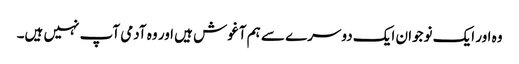
وہ اور ایک نوجوان ایک دوسرے سے ہم آغوش ہیں اور وہ آدمی آپ نہیں ہیں۔